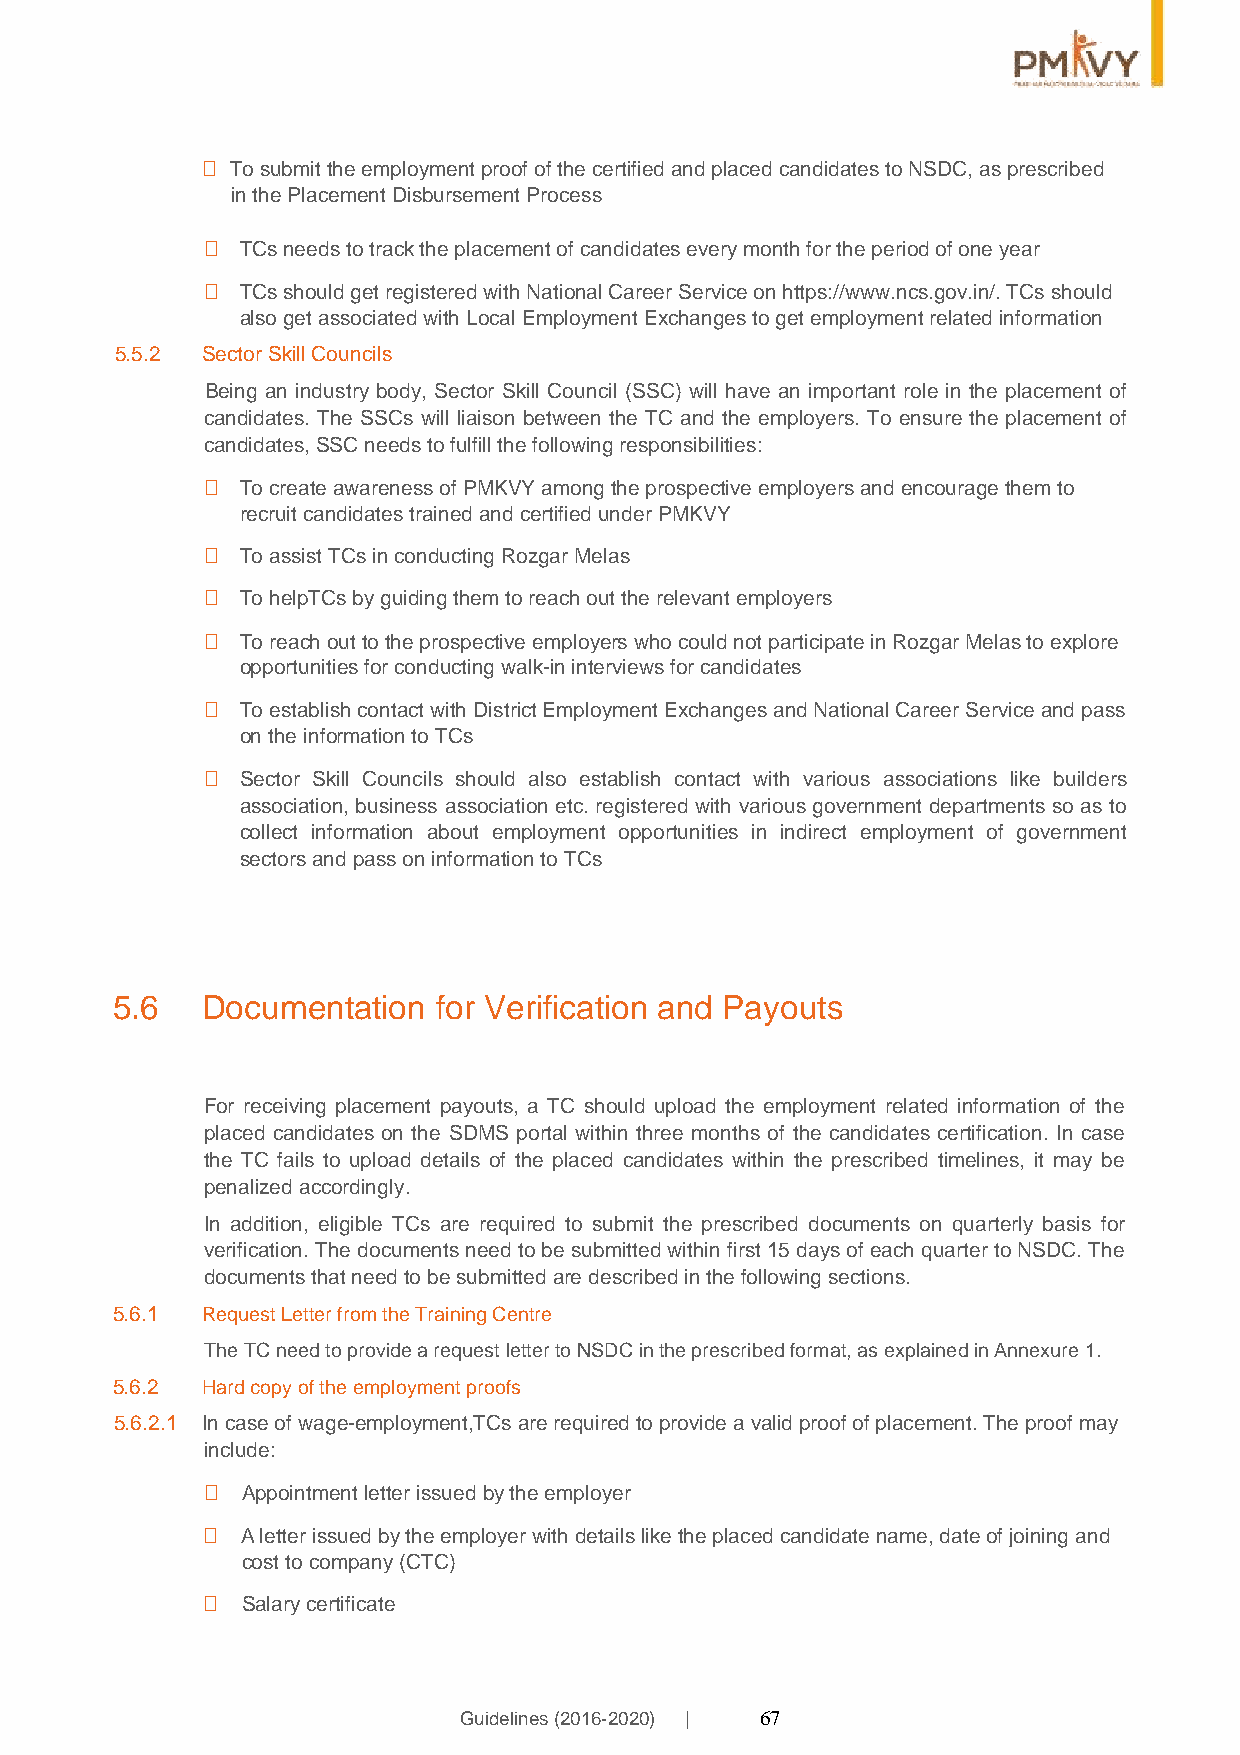
 To submit the employment proof of the certified and placed candidates to NSDC, as prescribed
 in the Placement Disbursement Process
  TCs needs to track the placement of candidates every month for the period of one year
  TCs should get registered with National Career Service on https://www.ncs.gov.in/. TCs should
 also get associated with Local Employment Exchanges to get employment related information
 5.5.2 Sector Skill Councils
 Being an industry body, Sector Skill Council (SSC) will have an important role in the placement of
 candidates. The SSCs will liaison between the TC and the employers. To ensure the placement of
 candidates, SSC needs to fulfill the following responsibilities:
  To create awareness of PMKVY among the prospective employers and encourage them to
 recruit candidates trained and certified under PMKVY
   To assist TCs in conducting Rozgar Melas
   To helpTCs by guiding them to reach out the relevant employers
   To reach out to the prospective employers who could not participate in Rozgar Melas to explore
 opportunities for conducting walk-in interviews for candidates
   To establish contact with District Employment Exchanges and National Career Service and pass
 on the information to TCs
   Sector Skill Councils should also establish contact with various associations like builders
 association, business association etc. registered with various government departments so as to
 collect information about employment opportunities in indirect employment of government
 sectors and pass on information to TCs
 5.6   Documentation   for Verification and Payouts
 For receiving placement payouts, a TC should upload the employment related information of the
 placed candidates on the SDMS portal within three months of the candidates certification. In case
 the TC fails to upload details of the placed candidates within the prescribed timelines, it may be
 penalized accordingly.
 In addition, eligible TCs are required to submit the prescribed documents on quarterly basis for
 verification. The documents need to be submitted within first 15 days of each quarter to NSDC. The
 documents that need to be submitted are described in the following sections.
 5.6.1 Request Letter from the Training Centre
 The TC need to provide a request letter to NSDC in the prescribed format, as explained in Annexure 1.
 5.6.2 Hard copy of the employment proofs
 5.6.2.1 In case of wage-employment,TCs are required to provide a valid proof of placement. The proof may
 include:
   Appointment letter issued by the employer
   A letter issued by the employer with details like the placed candidate name, date of joining and
 cost to company (CTC)
   Salary certificate
 Guidelines (2016-2020) | 67